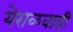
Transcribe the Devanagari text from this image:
येराळवाडी